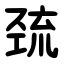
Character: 巯